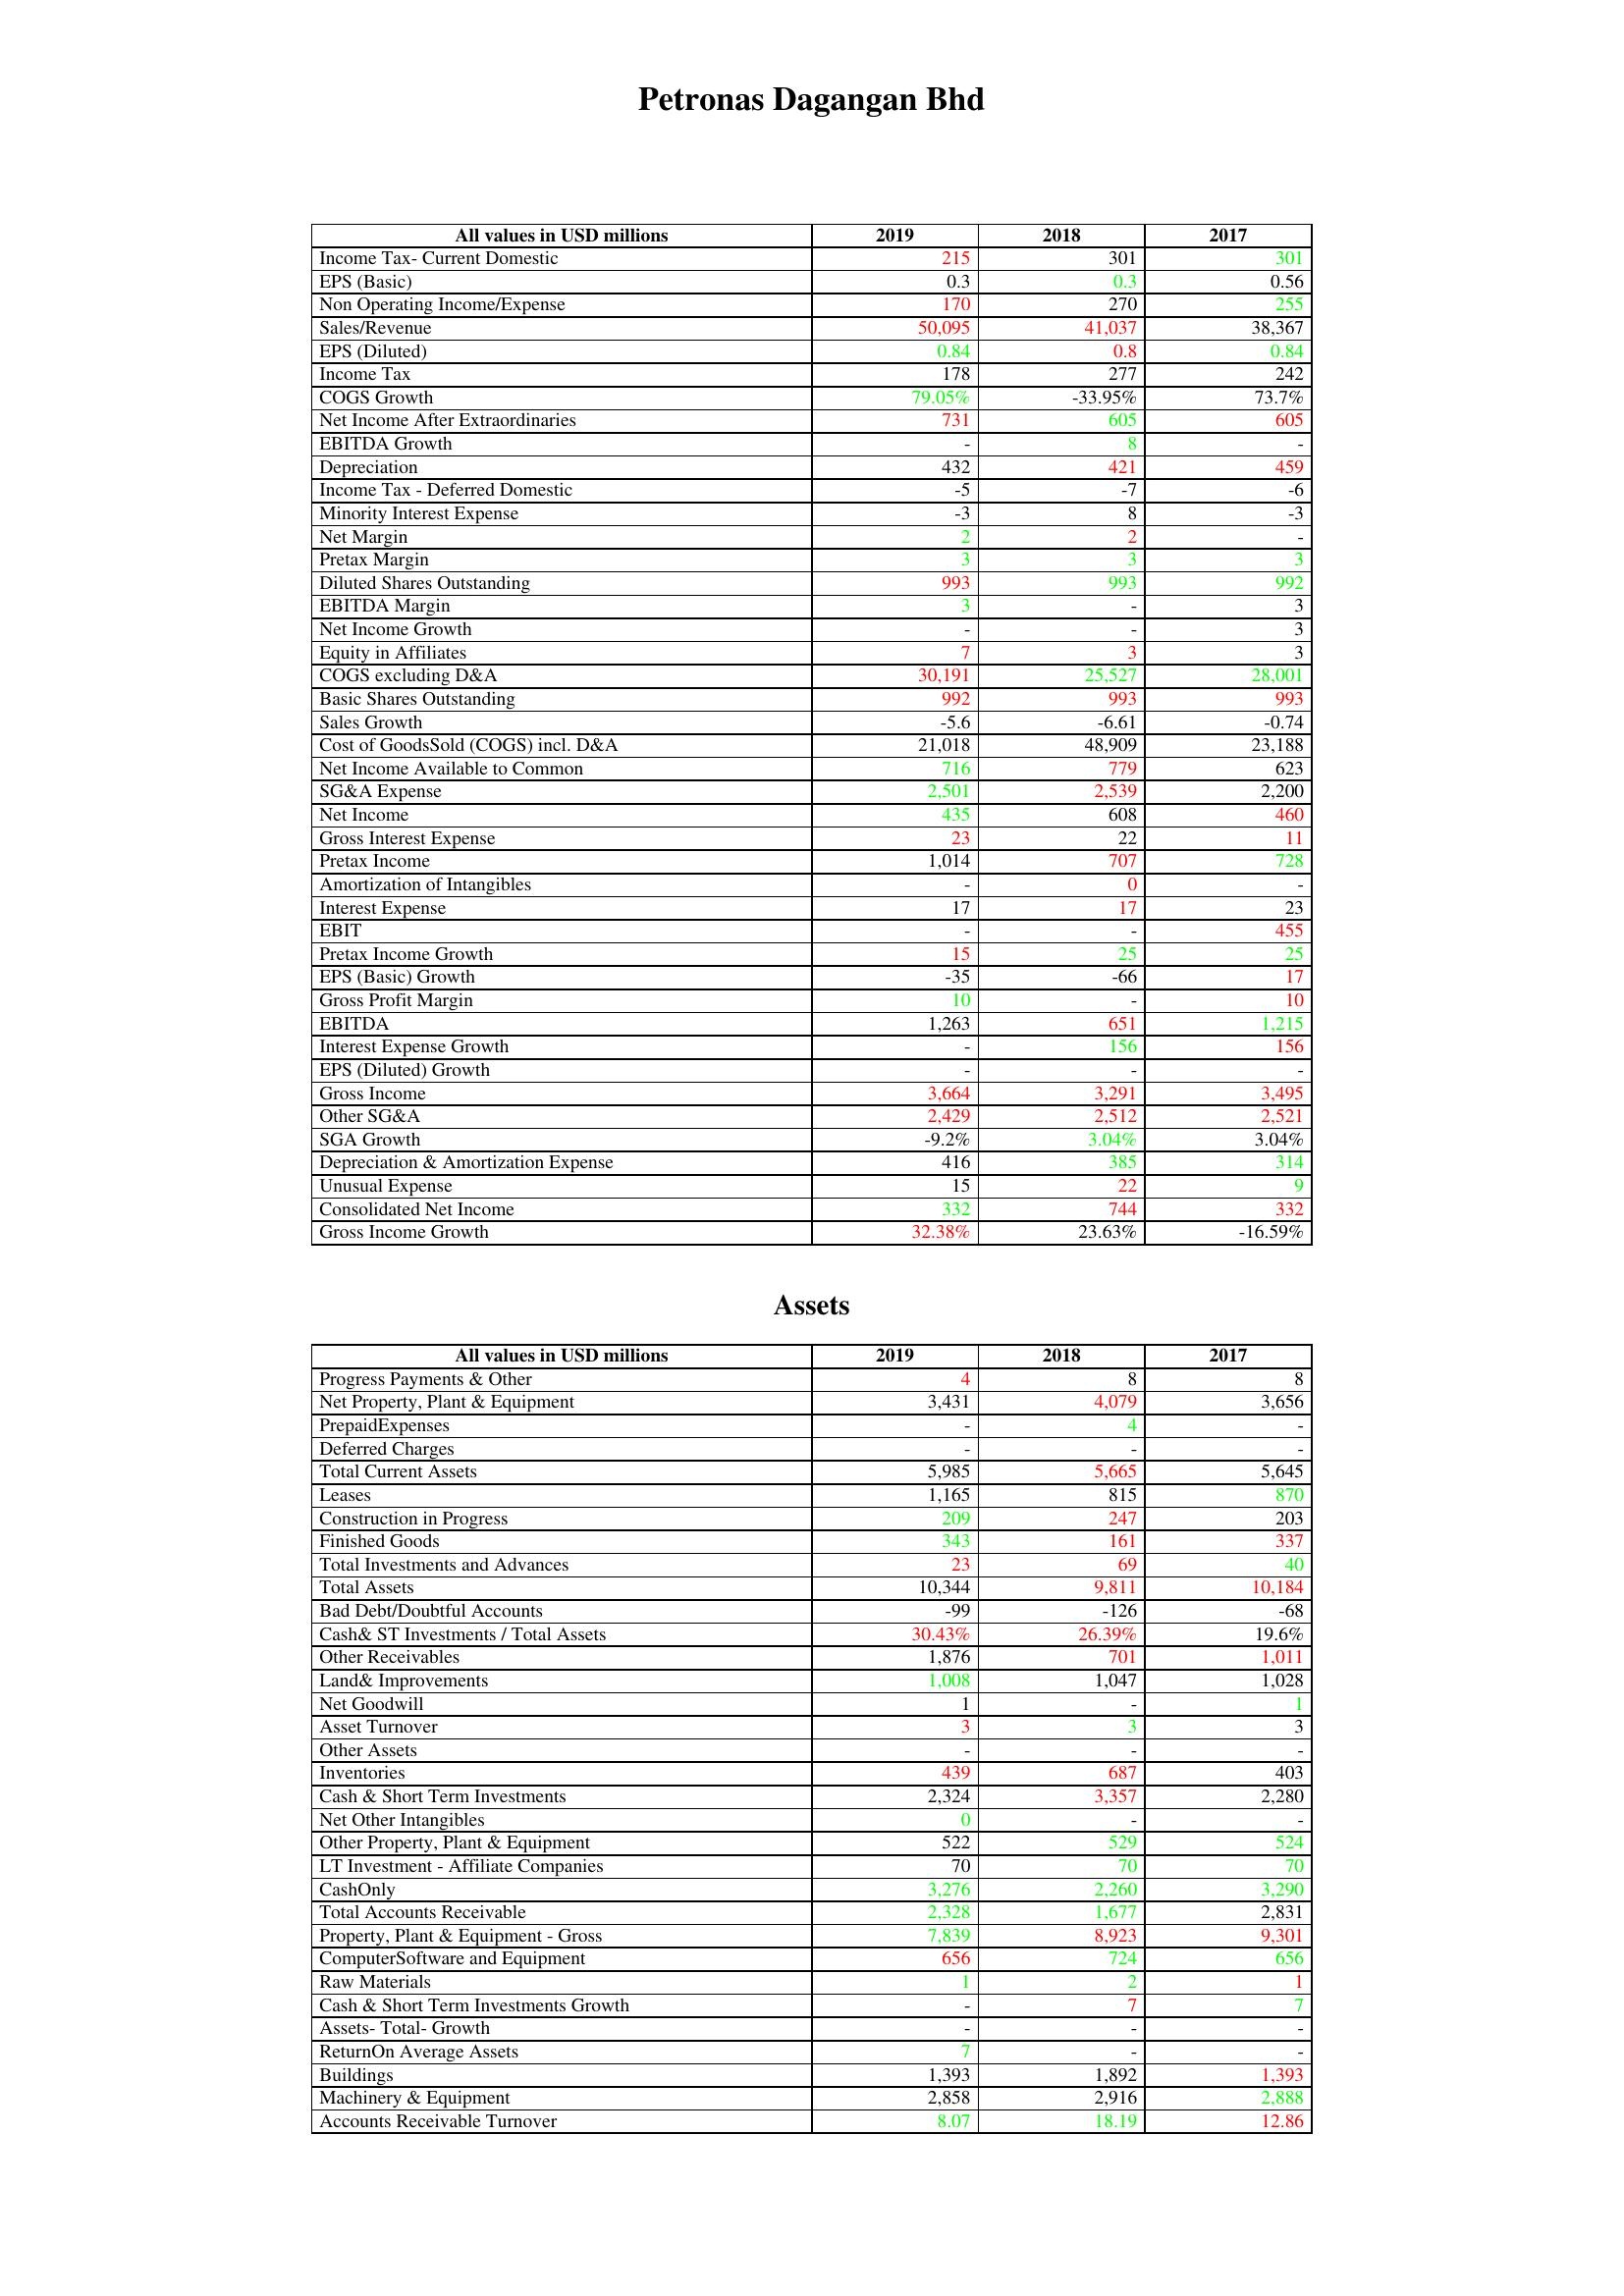
gt_parse: 2019: : Income Tax- Current Domestic: 215
EPS (Basic): 0.3
Non Operating Income/Expense: 170
Sales/Revenue: 50,095
EPS (Diluted): 0.84
Income Tax: 178
COGS Growth: 79.05%
Net Income After Extraordinaries: 731
EBITDA Growth: -
Depreciation: 432
Income Tax - Deferred Domestic: -5
Minority Interest Expense: -3
Net Margin: 2
Pretax Margin: 3
Diluted Shares Outstanding: 993
EBITDA Margin: 3
Net Income Growth: -
Equity in Affiliates: 7
COGS excluding D&A: 30,191
Basic Shares Outstanding: 992
Sales Growth: -5.6
Cost of GoodsSold (COGS) incl. D&A: 21,018
Net Income Available to Common: 716
SG&A Expense: 2,501
Net Income: 435
Gross Interest Expense: 23
Pretax Income: 1,014
Amortization of Intangibles: -
Interest Expense: 17
EBIT: -
Pretax Income Growth: 15
EPS (Basic) Growth: -35
Gross Profit Margin: 10
EBITDA: 1,263
Interest Expense Growth: -
EPS (Diluted) Growth: -
Gross Income: 3,664
Other SG&A: 2,429
SGA Growth: -9.2%
Depreciation & Amortization Expense: 416
Unusual Expense: 15
Consolidated Net Income: 332
Gross Income Growth: 32.38%
Assets: Progress Payments & Other: 4
Net Property, Plant & Equipment: 3,431
PrepaidExpenses: -
Deferred Charges: -
Total Current Assets: 5,985
Leases: 1,165
Construction in Progress: 209
Finished Goods: 343
Total Investments and Advances: 23
Total Assets: 10,344
Bad Debt/Doubtful Accounts: -99
Cash& ST Investments / Total Assets: 30.43%
Other Receivables: 1,876
Land& Improvements: 1,008
Net Goodwill: 1
Asset Turnover: 3
Other Assets: -
Inventories: 439
Cash & Short Term Investments: 2,324
Net Other Intangibles: 0
Other Property, Plant & Equipment: 522
LT Investment - Affiliate Companies: 70
CashOnly: 3,276
Total Accounts Receivable: 2,328
Property, Plant & Equipment - Gross : 7,839
ComputerSoftware and Equipment: 656
Raw Materials: 1
Cash & Short Term Investments Growth: -
Assets- Total- Growth: -
ReturnOn Average Assets: 7
Buildings: 1,393
Machinery & Equipment: 2,858
Accounts Receivable Turnover: 8.07
2018: : Income Tax- Current Domestic: 301
EPS (Basic): 0.3
Non Operating Income/Expense: 270
Sales/Revenue: 41,037
EPS (Diluted): 0.8
Income Tax: 277
COGS Growth: -33.95%
Net Income After Extraordinaries: 605
EBITDA Growth: 8
Depreciation: 421
Income Tax - Deferred Domestic: -7
Minority Interest Expense: 8
Net Margin: 2
Pretax Margin: 3
Diluted Shares Outstanding: 993
EBITDA Margin: -
Net Income Growth: -
Equity in Affiliates: 3
COGS excluding D&A: 25,527
Basic Shares Outstanding: 993
Sales Growth: -6.61
Cost of GoodsSold (COGS) incl. D&A: 48,909
Net Income Available to Common: 779
SG&A Expense: 2,539
Net Income: 608
Gross Interest Expense: 22
Pretax Income: 707
Amortization of Intangibles: 0
Interest Expense: 17
EBIT: -
Pretax Income Growth: 25
EPS (Basic) Growth: -66
Gross Profit Margin: -
EBITDA: 651
Interest Expense Growth: 156
EPS (Diluted) Growth: -
Gross Income: 3,291
Other SG&A: 2,512
SGA Growth: 3.04%
Depreciation & Amortization Expense: 385
Unusual Expense: 22
Consolidated Net Income: 744
Gross Income Growth: 23.63%
Assets: Progress Payments & Other: 8
Net Property, Plant & Equipment: 4,079
PrepaidExpenses: 4
Deferred Charges: -
Total Current Assets: 5,665
Leases: 815
Construction in Progress: 247
Finished Goods: 161
Total Investments and Advances: 69
Total Assets: 9,811
Bad Debt/Doubtful Accounts: -126
Cash& ST Investments / Total Assets: 26.39%
Other Receivables: 701
Land& Improvements: 1,047
Net Goodwill: -
Asset Turnover: 3
Other Assets: -
Inventories: 687
Cash & Short Term Investments: 3,357
Net Other Intangibles: -
Other Property, Plant & Equipment: 529
LT Investment - Affiliate Companies: 70
CashOnly: 2,260
Total Accounts Receivable: 1,677
Property, Plant & Equipment - Gross : 8,923
ComputerSoftware and Equipment: 724
Raw Materials: 2
Cash & Short Term Investments Growth: 7
Assets- Total- Growth: -
ReturnOn Average Assets: -
Buildings: 1,892
Machinery & Equipment: 2,916
Accounts Receivable Turnover: 18.19
2017: : Income Tax- Current Domestic: 301
EPS (Basic): 0.56
Non Operating Income/Expense: 255
Sales/Revenue: 38,367
EPS (Diluted): 0.84
Income Tax: 242
COGS Growth: 73.7%
Net Income After Extraordinaries: 605
EBITDA Growth: -
Depreciation: 459
Income Tax - Deferred Domestic: -6
Minority Interest Expense: -3
Net Margin: -
Pretax Margin: 3
Diluted Shares Outstanding: 992
EBITDA Margin: 3
Net Income Growth: 3
Equity in Affiliates: 3
COGS excluding D&A: 28,001
Basic Shares Outstanding: 993
Sales Growth: -0.74
Cost of GoodsSold (COGS) incl. D&A: 23,188
Net Income Available to Common: 623
SG&A Expense: 2,200
Net Income: 460
Gross Interest Expense: 11
Pretax Income: 728
Amortization of Intangibles: -
Interest Expense: 23
EBIT: 455
Pretax Income Growth: 25
EPS (Basic) Growth: 17
Gross Profit Margin: 10
EBITDA: 1,215
Interest Expense Growth: 156
EPS (Diluted) Growth: -
Gross Income: 3,495
Other SG&A: 2,521
SGA Growth: 3.04%
Depreciation & Amortization Expense: 314
Unusual Expense: 9
Consolidated Net Income: 332
Gross Income Growth: -16.59%
Assets: Progress Payments & Other: 8
Net Property, Plant & Equipment: 3,656
PrepaidExpenses: -
Deferred Charges: -
Total Current Assets: 5,645
Leases: 870
Construction in Progress: 203
Finished Goods: 337
Total Investments and Advances: 40
Total Assets: 10,184
Bad Debt/Doubtful Accounts: -68
Cash& ST Investments / Total Assets: 19.6%
Other Receivables: 1,011
Land& Improvements: 1,028
Net Goodwill: 1
Asset Turnover: 3
Other Assets: -
Inventories: 403
Cash & Short Term Investments: 2,280
Net Other Intangibles: -
Other Property, Plant & Equipment: 524
LT Investment - Affiliate Companies: 70
CashOnly: 3,290
Total Accounts Receivable: 2,831
Property, Plant & Equipment - Gross : 9,301
ComputerSoftware and Equipment: 656
Raw Materials: 1
Cash & Short Term Investments Growth: 7
Assets- Total- Growth: -
ReturnOn Average Assets: -
Buildings: 1,393
Machinery & Equipment: 2,888
Accounts Receivable Turnover: 12.86